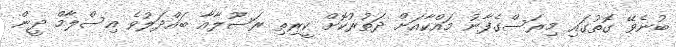
ބުނެވޭ ގޮތުގައި މިރަސްގެފާނު މައްކާއަށް ދަތުރުކޮށް ކީރިތި ރަސޫލާއާ ބައްދަލުވެ އިސްލާމް ދީން